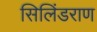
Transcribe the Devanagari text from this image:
सिलिंडराण